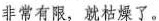
非常有限，就枯燥了。